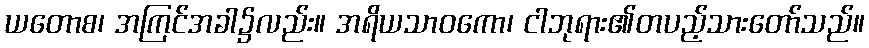
ယတောစ၊ အကြင်အခါ၌လည်း။ အရိယသာဝကော၊ ငါဘုရား၏တပည့်သားတော်သည်။